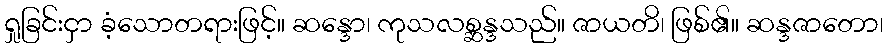
ရှုခြင်းငှာ ခံ့သောတရားဖြင့်။ ဆန္ဒော၊ ကုသလစ္ဆန္ဒသည်။ ဇာယတိ၊ ဖြစ်၏။ ဆန္ဒဇာတော၊